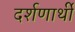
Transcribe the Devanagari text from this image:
दर्शणार्थी